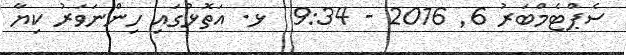
ސެޕްޓެމްބަރު 6